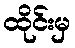
ထိုင်းမှ